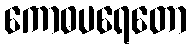
ကောဓပရေတော